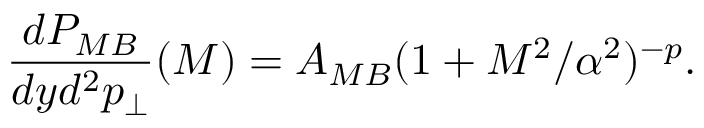
\frac { d P _ { M B } } { d y d ^ { 2 } p _ { \perp } } ( { \cal M } ) = A _ { M B } ( 1 + { \cal M } ^ { 2 } / \alpha ^ { 2 } ) ^ { - p } .